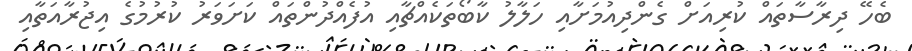
ބެހޭ ދިރާސާތައް ކުރިއަށް ގެންދިއުމަށާއި ހަލާލު ކާބޯތަކެއްޗާއި އުފެއްދުންތައް ކަށަވަރު ކުރުމުގެ އިޖުރާއަތާއި